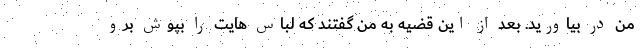
من در بیاورید. بعد از این قضیه به من گفتند که لباس هایت را بپوش برو